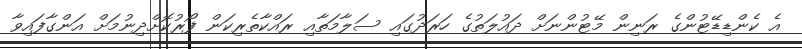
އެ ކެންޑިޑޭޓުންގެ ރަނިން މޭޓުންނަށް ދައުލަތުގެ ހަރަދުގައި ސަލާމަތާއި ރައްކާތެރިކަން ފޯރުކޮށްދިނުމަށް އަންގާފައިވާ